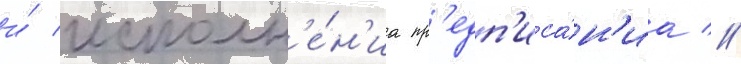
и́ исполн'е́н'иа пр'едп'иса́н'иа //